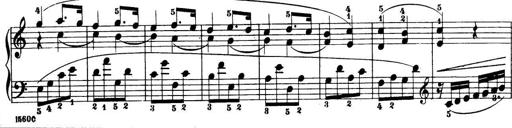
Title: 32 Sonatinas and Rondos for the Piano
Composer: Richard Kleinmichel